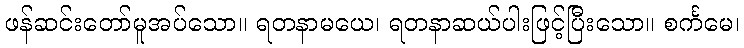
ဖန်ဆင်းတော်မူအပ်သော။ ရတနာမယေ၊ ရတနာဆယ်ပါးဖြင့်ပြီးသော။ စင်္ကမေ၊